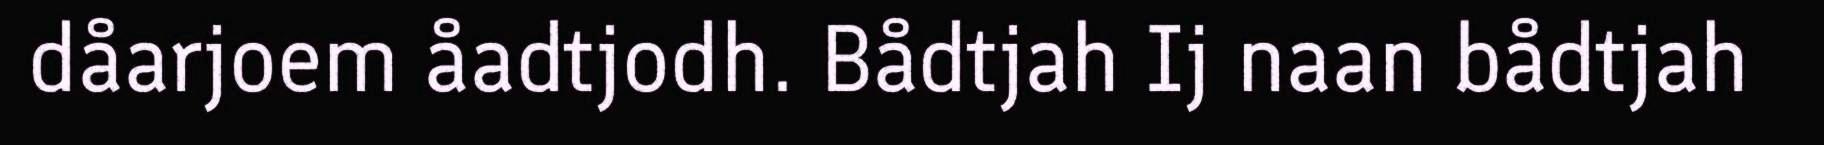
dåarjoem åadtjodh. Bådtjah Ij naan bådtjah